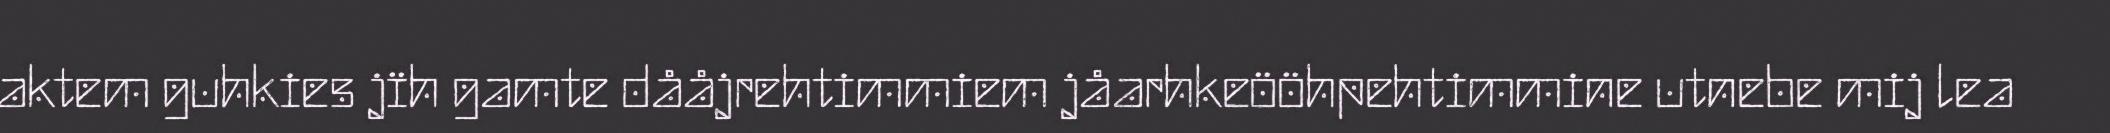
aktem guhkies jïh gamte dååjrehtimmiem jåarhkeööhpehtimmine utnebe mij lea